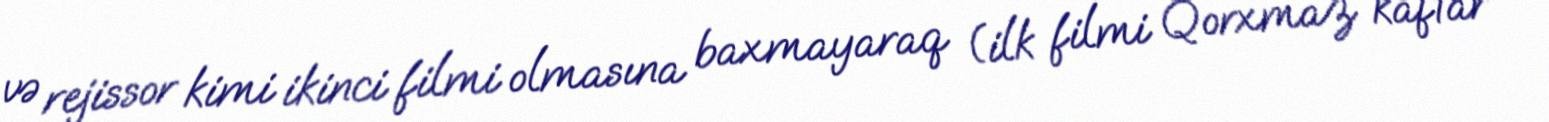
və rejissor kimi ikinci filmi olmasına baxmayaraq (ilk filmi Qorxmaz kaftar